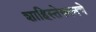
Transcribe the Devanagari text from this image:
शाहिस्तेखानचे